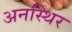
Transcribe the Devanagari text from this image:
अनस्थिर